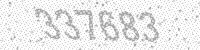
Solution: 337683